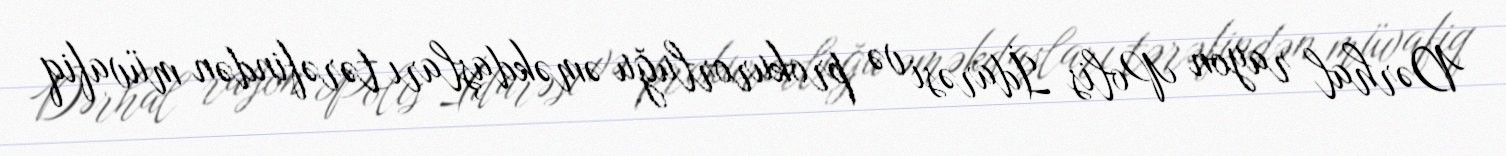
Dərhal rayon Polis İdarəsi və prokurorluğu əməkdaşları tərəfindən müvafiq